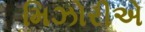
મિઝોરીએ